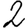
Digit: 2